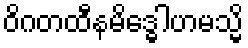
ဝိဂတထီနမိဒ္ဓေါဟမသ္မိ